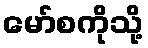
မော်စကိုသို့